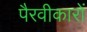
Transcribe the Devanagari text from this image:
पैरवीकारों